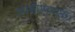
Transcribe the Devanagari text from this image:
आईएफएफ